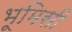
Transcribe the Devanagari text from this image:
भूमिसी